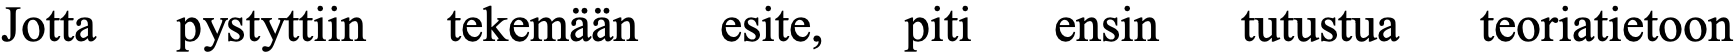
Jotta pystyttiin tekemään esite, piti ensin tutustua teoriatietoon